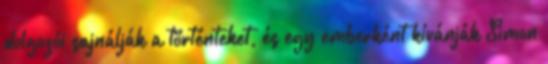
dolgozói sajnálják a történteket, és egy emberként kívánják Simon